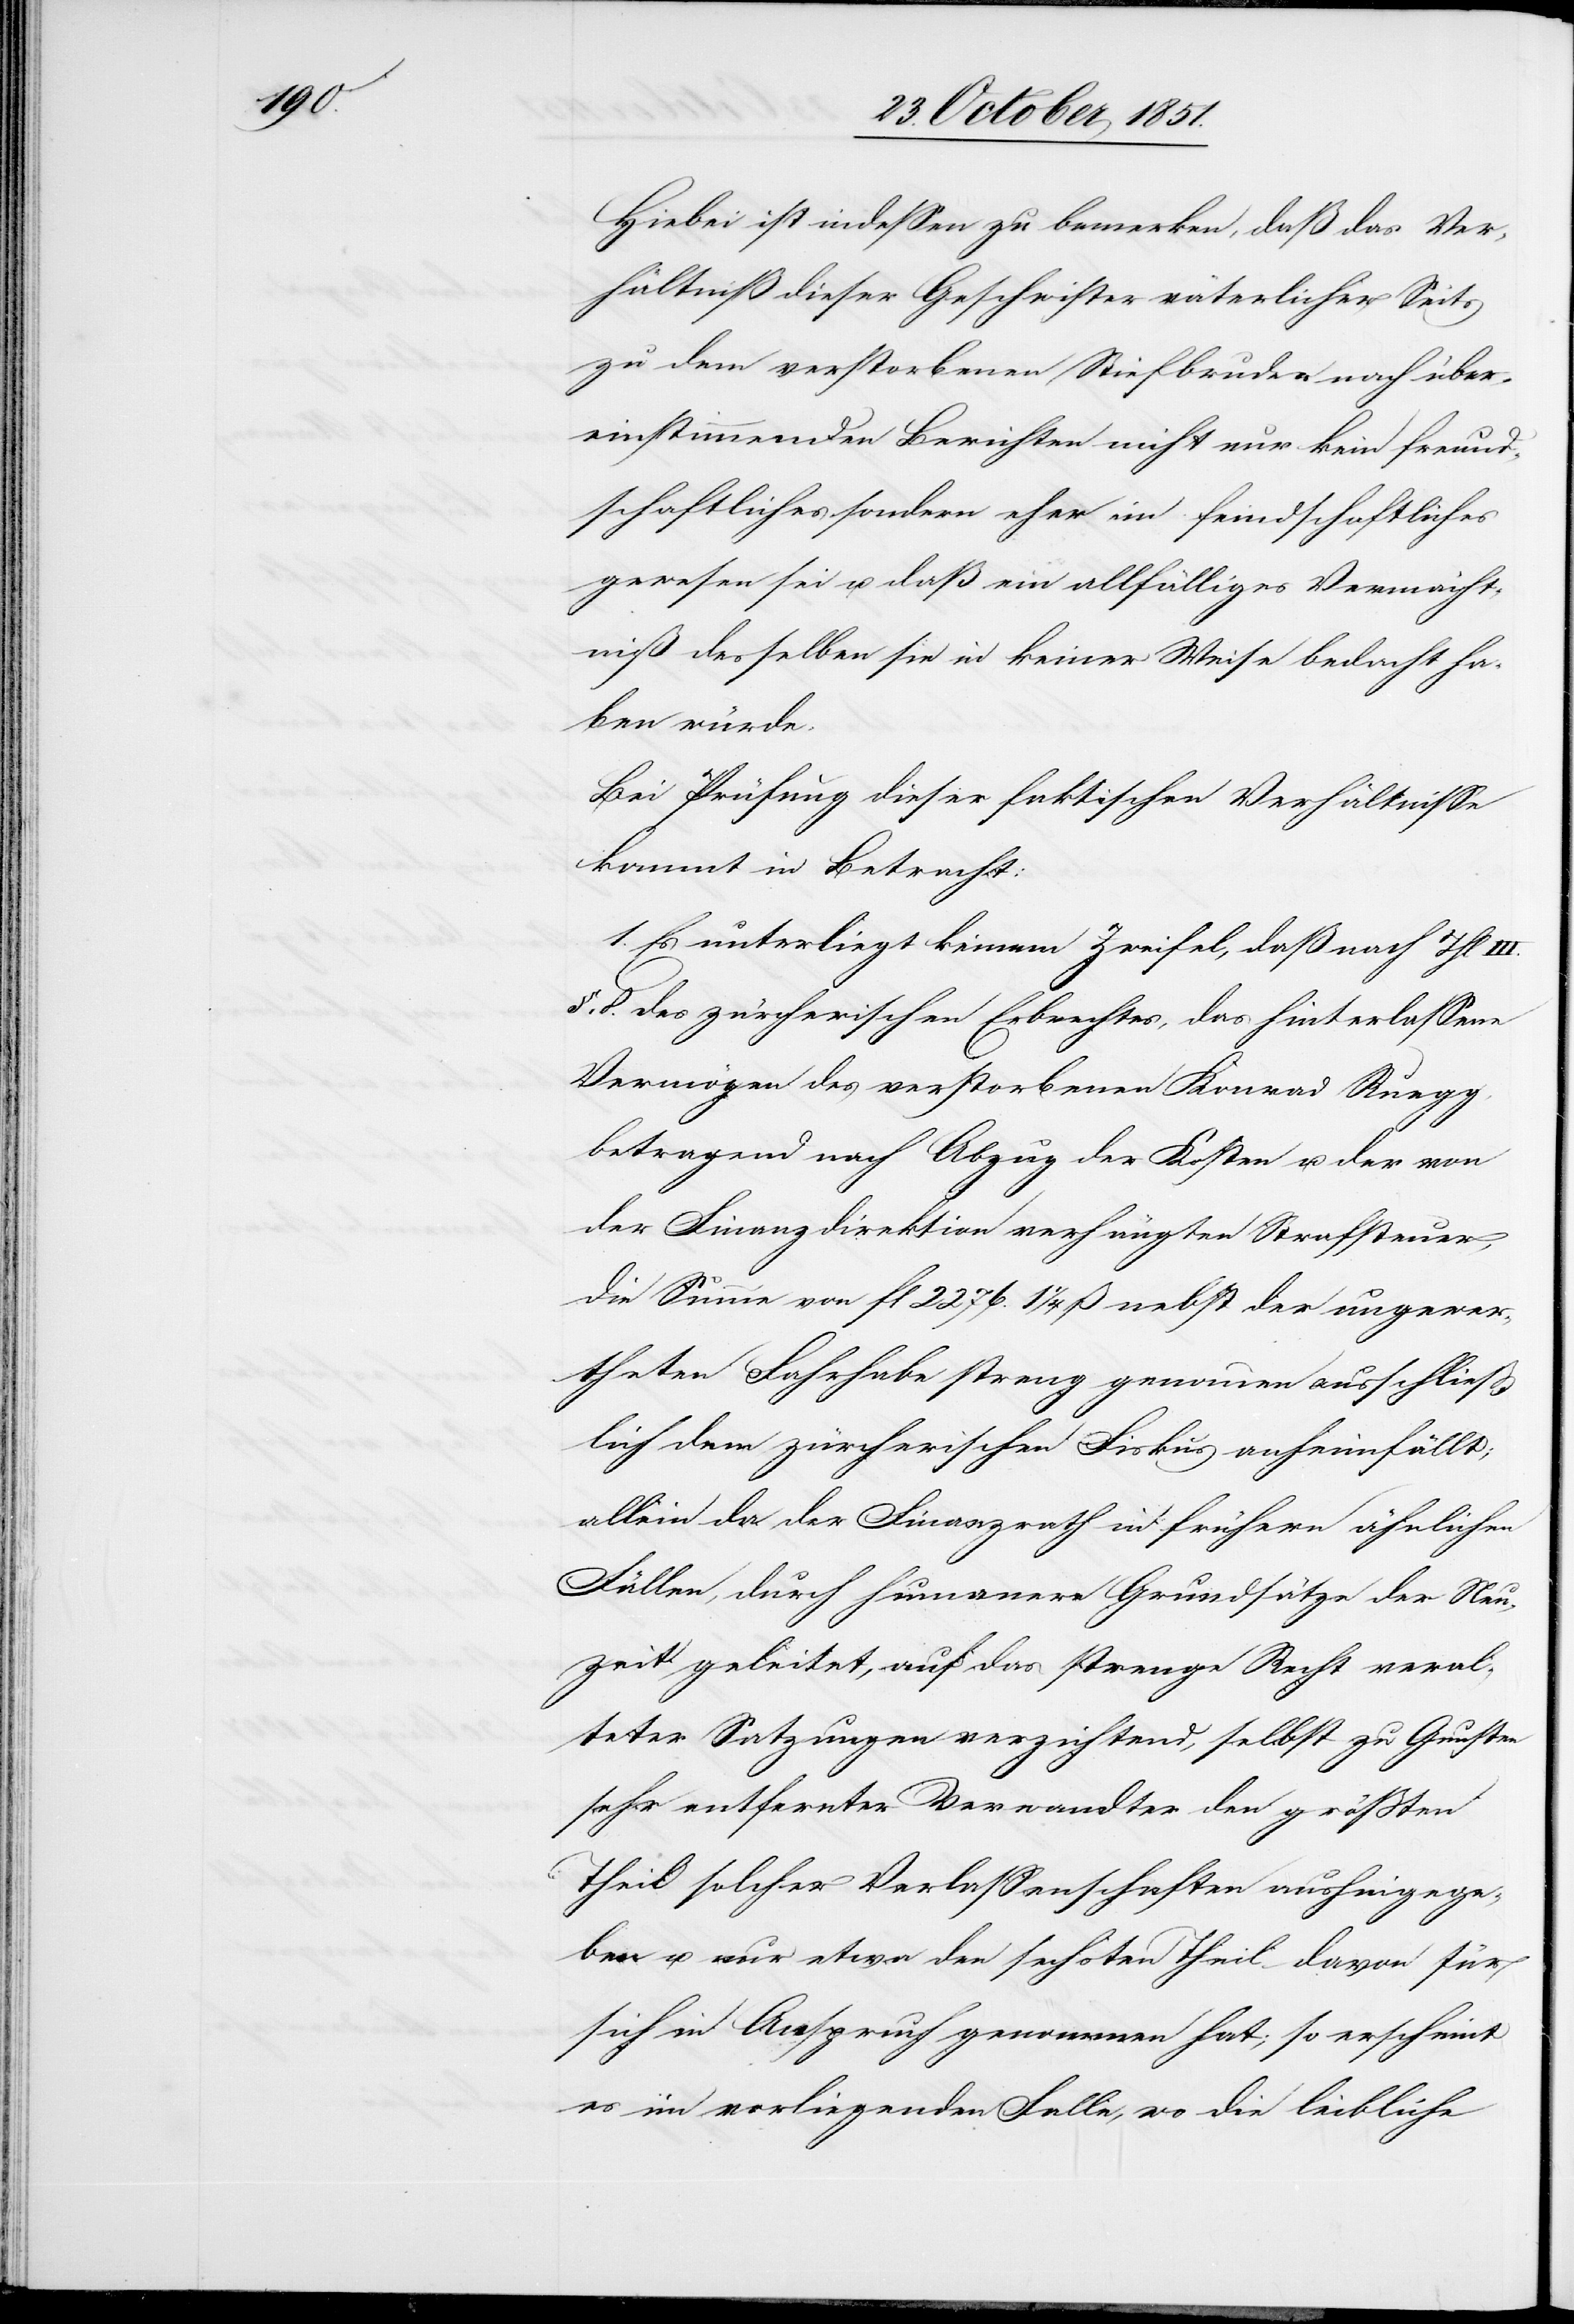
Hiebei ist indessen zu bemerken, daß das Ver¬
hältniß dieser Geschwister väterlicher Seits
zu dem verstorbenen Stiefbruder nach über¬
einstimmenden Berichten nicht nur kein freund¬
schaftliches sondern eher ein feindschaftliches
gewesen sei u. daß ein allfälliges Vermächt¬
niß desselben sie in keiner Weise bedacht ha¬
ben würde.
Bei Prüfung dieser faktischen Verhältnisse
kommt in Betracht:
1. Es unterliegt keinem Zweifel, daß nach Thl
§. 8. des zürcherischen Erbrechtes, das hinterlassene
Vermögen des verstorbenen Konrad Ruegg,
betragend nach Abzug der Kosten u. der von
der Finanzdirektion verhängten Strafsteuer,
die Summe von fl 2276. 1 1/4 ß nebst der ungewer¬
theten Fahrhabe streng genommen ausschließ¬
lich dem zürcherischen Fiskus anheimfällt;
allein da der Finanzrath in frühern ähnlichen
Fällen, durch humanere Grundsätze der Neu¬
zeit geleitet, auf das strenge Recht veral¬
teter Satzungen verzichtend, selbst zu Gunsten
sehr entfernter Verwandter den größten
Theil solcher Verlassenschaften aushingege¬
ben u. nur etwa den sechsten Theil davon für
sich in Anspruch genommen hat; so erscheint
es im vorliegenden Falle, wo die leibliche